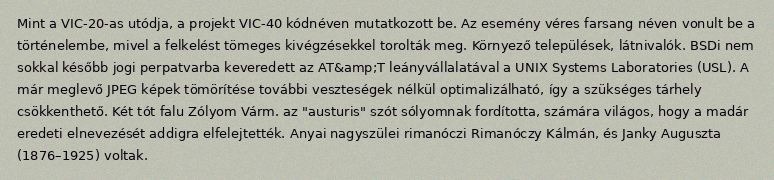
Mint a VIC-20-as utódja, a projekt VIC-40 kódnéven mutatkozott be. Az esemény véres farsang néven vonult be a történelembe, mivel a felkelést tömeges kivégzésekkel torolták meg. Környező települések, látnivalók. BSDi nem sokkal később jogi perpatvarba keveredett az AT&amp;T leányvállalatával a UNIX Systems Laboratories (USL). A már meglevő JPEG képek tömörítése további veszteségek nélkül optimalizálható, így a szükséges tárhely csökkenthető. Két tót falu Zólyom Várm. az "austuris" szót sólyomnak fordította, számára világos, hogy a madár eredeti elnevezését addigra elfelejtették. Anyai nagyszülei rimanóczi Rimanóczy Kálmán, és Janky Auguszta (1876–1925) voltak.